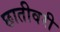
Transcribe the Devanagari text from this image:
छातीवरी